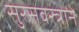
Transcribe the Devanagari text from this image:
सुरसवस्त्रानें